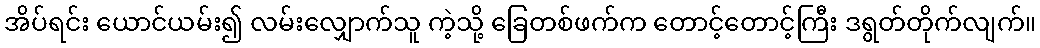
အိပ်ရင်း ယောင်ယမ်း၍ လမ်းလျှောက်သူ ကဲ့သို့ ခြေတစ်ဖက်က တောင့်တောင့်ကြီး ဒရွတ်တိုက်လျက်။